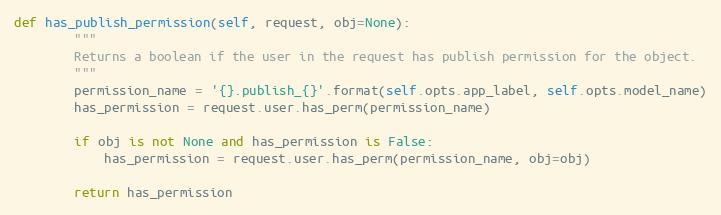
Language: Python
def has_publish_permission(self, request, obj=None):
        """
        Returns a boolean if the user in the request has publish permission for the object.
        """
        permission_name = '{}.publish_{}'.format(self.opts.app_label, self.opts.model_name)
        has_permission = request.user.has_perm(permission_name)

        if obj is not None and has_permission is False:
            has_permission = request.user.has_perm(permission_name, obj=obj)

        return has_permission